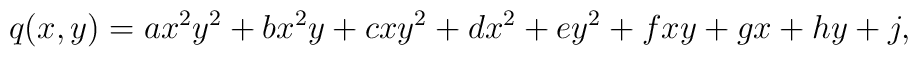
q(x,y) = ax^2y^2+bx^2y+cxy^2+dx^2+ey^2+fxy+gx+hy+j,